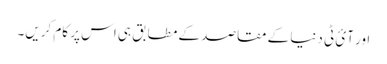
اور آئ ٹی دنیا کے مقاصد کے مطابق ہی اس پر کام کریں۔